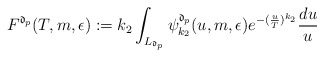
\begin{align*}F^{\mathfrak{d}_{p}}(T,m,\epsilon) := k_{2}\int_{L_{\mathfrak{d}_{p}}} \psi_{k_2}^{\mathfrak{d}_{p}}(u,m,\epsilon) e^{-(\frac{u}{T})^{k_2}} \frac{du}{u}\end{align*}